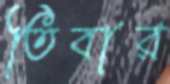
তিবার